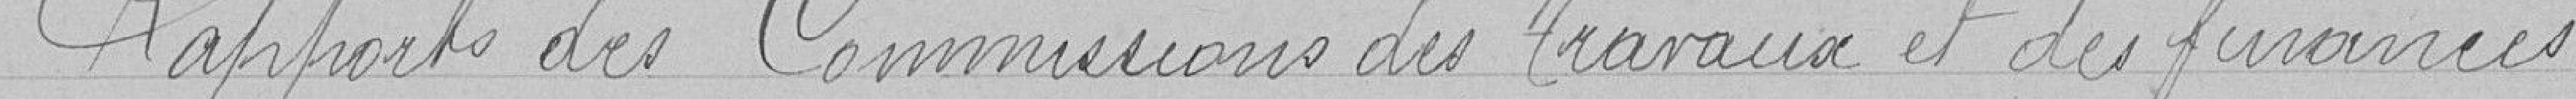
Rapports des Commissions des travaux et des finances